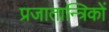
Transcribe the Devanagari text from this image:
प्रजातान्त्रिकों